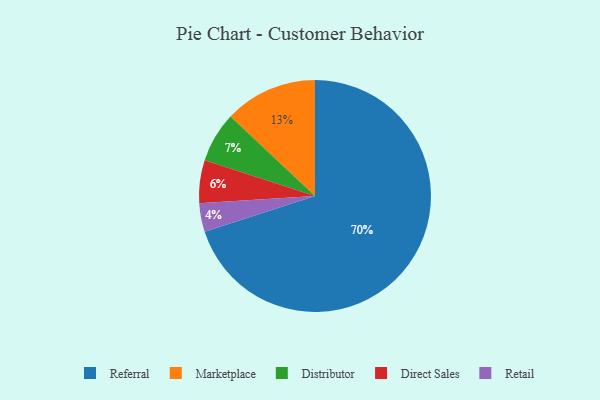
{"axis": {"x": "Category", "y": "Percentage"}, "legend": ["Direct Sales", "Distributor", "Marketplace", "Referral", "Retail"], "data": [{"x": "Direct Sales", "y": 6, "type": "Direct Sales"}, {"x": "Referral", "y": 70, "type": "Referral"}, {"x": "Retail", "y": 4, "type": "Retail"}, {"x": "Marketplace", "y": 13, "type": "Marketplace"}, {"x": "Distributor", "y": 7, "type": "Distributor"}]}